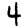
Digit: 4